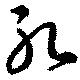
孔